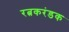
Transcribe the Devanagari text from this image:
रत्नकरंडक